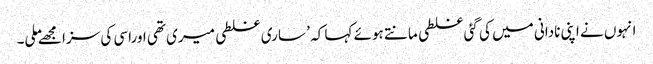
انہوں نے اپنی نادانی میں کی گئی غلطی مانتے ہوئے کہا کہ ’ ساری غلطی میری تھی اوراسی کی سزا مجھےملی۔